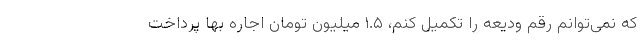
که نمی‌توانم رقم ودیعه را تکمیل کنم، ۱.۵ میلیون تومان اجاره بها پرداخت